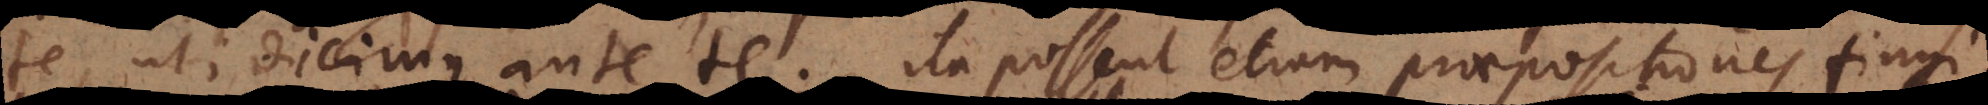
te, uti dicimus ante te. Ita possent etiam praepositiones fingi